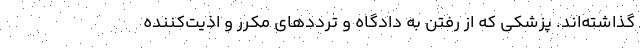
گذاشته‌اند. پزشکی که از رفتن به دادگاه و ترددهای مکرر و اذیت‌کننده